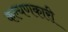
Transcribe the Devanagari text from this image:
कल्यणकारी